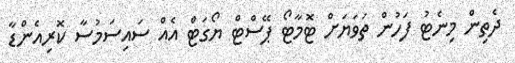
ދެތިން މިނެޓު ފަހުން ތަވަޔަށް ޓޮމާޓޯ ޕޭސްޓް ޔޯގަޓް އެއް ސައިސަމުސާ ކޮރިއެންޑާ